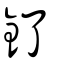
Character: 釕